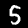
Label: 5